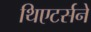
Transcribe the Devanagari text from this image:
थिएटर्सने